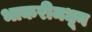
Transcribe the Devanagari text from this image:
भाकरीमधून